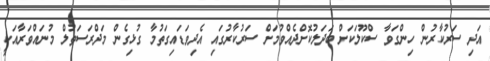
އަދި ސަރުކާރުން ހިންގަވާ ސްކޫލަކަށް ބަދަލުކޮށްދެއްވުމަށް ސަރުކާރުގައި އެދިވަޑައިގަތުމާ ގުޅިގެން މަދްރަސަތުލް މުނައްވަރާއަކީ